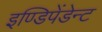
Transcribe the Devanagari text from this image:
इण्डिपेंडेन्ट